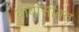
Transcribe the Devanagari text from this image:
बाबासोबत